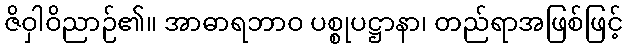
ဇိဝှါဝိညာဉ်၏။ အာဓာရဘာဝ ပစ္စုပဋ္ဌာနာ၊ တည်ရာအဖြစ်ဖြင့်